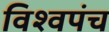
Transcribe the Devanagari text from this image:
विश्वपंच